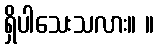
ရှိပါသေးသလား။ ။